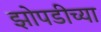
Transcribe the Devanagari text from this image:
झोपडीच्या